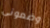
وضعوني